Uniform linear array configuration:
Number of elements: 48
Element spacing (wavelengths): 1
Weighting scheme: hamming
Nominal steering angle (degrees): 15
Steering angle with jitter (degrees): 14.407
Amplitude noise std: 0.05
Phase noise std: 0.05

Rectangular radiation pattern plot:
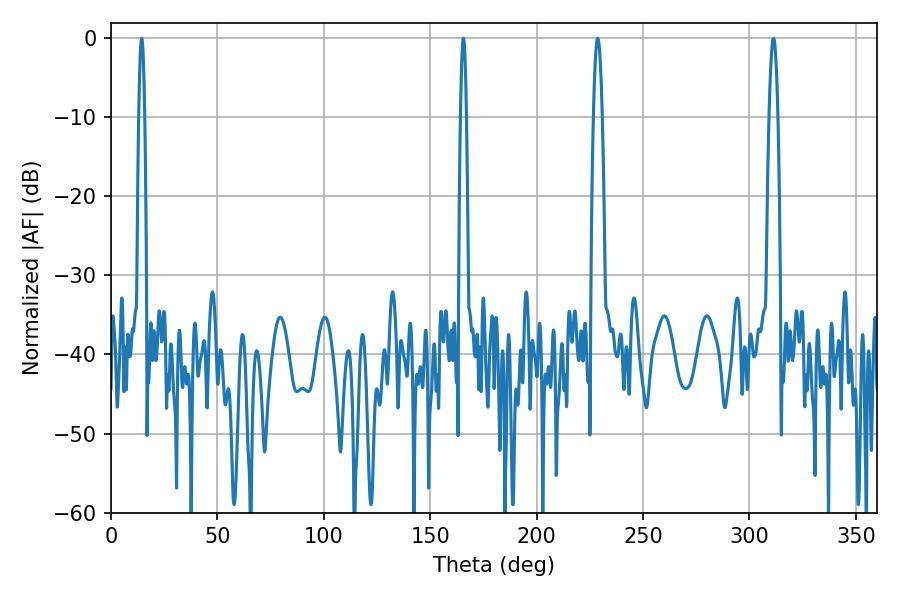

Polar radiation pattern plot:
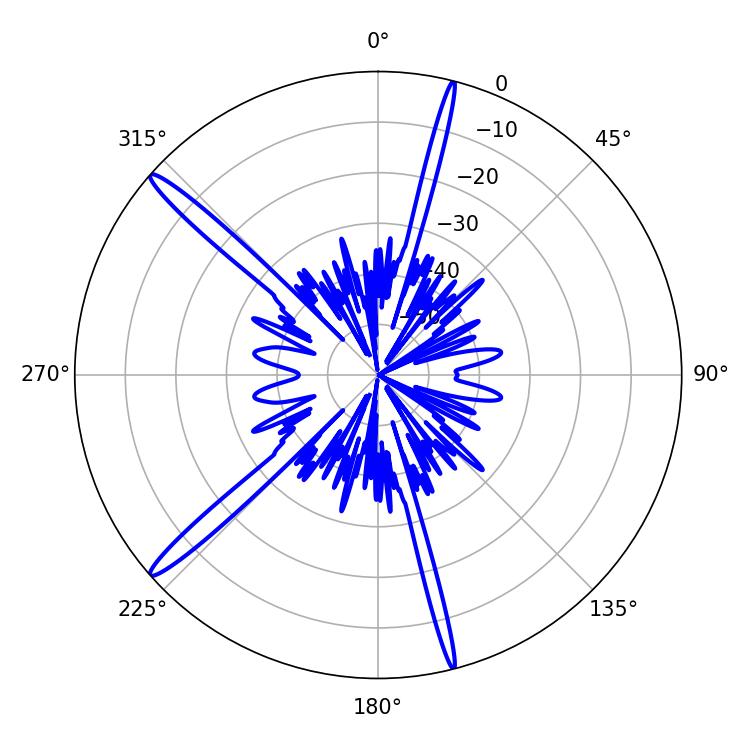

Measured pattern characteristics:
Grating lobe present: TRUE
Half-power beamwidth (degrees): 1.44
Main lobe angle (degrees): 14.4